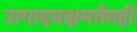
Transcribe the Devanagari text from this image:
उत्पादनक्षमतेतही